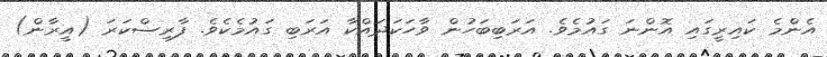
އެންމެ ކައިރީގައި އޮންނަ ގައުމެވެ. އަރަބިބަހުން ވާހަކަދައްކާ އަރަބި ގައުމެކެވެ. ފާރިސްކަރަ (އީރާން)